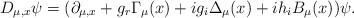
LaTeX: \begin{align*}D_{\mu,x}\psi= (\partial_{\mu,x}+g_{r}\Gamma_{\mu}(x) +ig_{i}\Delta_{\mu}(x)+ih_{i} B_{\mu}(x))\psi.\end{align*}